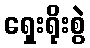
ရှေးရိုးစွဲ